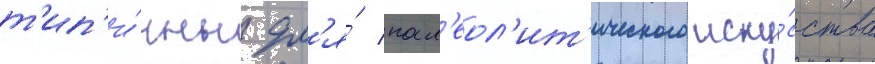
т'ип'и́чны дл'я́ пал'еол'ит'ического иску́сства